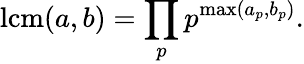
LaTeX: \operatorname{lcm}(a,b)=\prod_{p}p^{\operatorname*{max}(a_{p},b_{p})}.